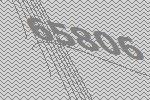
65806